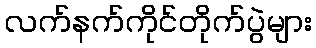
လက်နက်ကိုင်တိုက်ပွဲများ